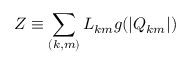
Z \equiv \sum _ { ( k , m ) } L _ { k m } g ( | Q _ { k m } | )